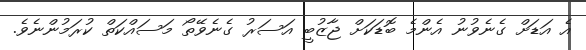
އެ އަޑަށް ގެނެވުނު އެންމެ ބޮޑަކަށް ޖާޒުބީ އަސަރު ގެނެވޭތޯ މަސައްކަތް ކުރަމުންނެވެ.